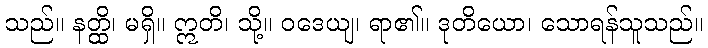
သည်။ နတ္ထိ၊ မရှိ။ ဣတိ၊ သို့။ ဝဒေယျ၊ ရာ၏။ ဒုတိယော၊ သောရန်သူသည်။